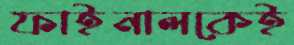
ফাইনালকেই